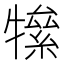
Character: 𤛡